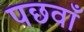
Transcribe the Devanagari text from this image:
पछवाँ